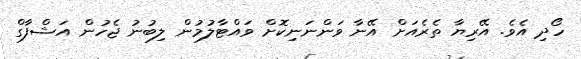
ހޯދި އެވެ. އޭރިޔާ ތެރެއަށް އޭނާ ވަންނަނިކޮށް ވައްޓާލުމުން ލިބުނު ޖެހުން އަޝްފާގް